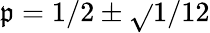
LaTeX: \mathfrak{p}=1/2\pm{\sqrt{}{{1/12}}}